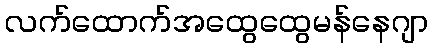
လက်ထောက်အထွေထွေမန်နေဂျာ